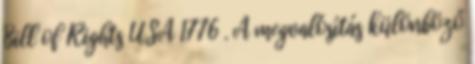
Bill of Rights USA 1776 . A megvalósítás különböző